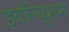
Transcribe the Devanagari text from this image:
इवॉल्यूशन